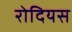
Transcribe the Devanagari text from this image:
रोदियस